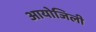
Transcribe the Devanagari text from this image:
आयोजिली